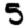
Digit: 5